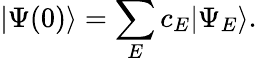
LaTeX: |\Psi(0)\rangle=\sum_{E}c_{E}|\Psi_{E}\rangle.